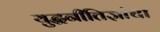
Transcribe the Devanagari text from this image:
युद्धनीतिज्ञांचा